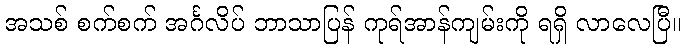
အသစ် စက်စက် အင်္ဂလိပ် ဘာသာပြန် ကုရ်အာန်ကျမ်းကို ရရှိ လာလေပြီ။